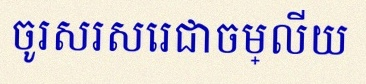
ចូរសរសេរជាចម្លើយ